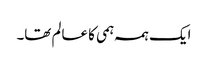
ایک ہمہ ہمی کا عالم تھا۔